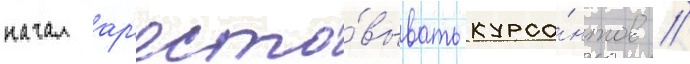
начал ар'есто́вывать курса́нтов //